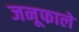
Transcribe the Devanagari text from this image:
जनूफाले